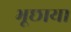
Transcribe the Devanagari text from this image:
भूछाया